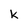
Character: k